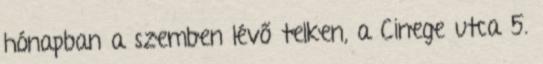
hónapban a szemben lévő telken, a Cinege utca 5.